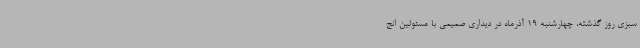
سبزی روز گذشته، چهارشنبه 19 آذرماه در دیداری صمیمی با مسئولین انج